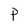
Character: P